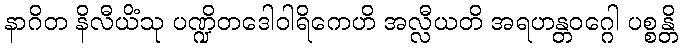
နာဂိတ နိလီယိံသု ပဏ္ဍိတဒေါဝါရိကေဟိ အလ္လီယတိ အရဟန္တဝဂ္ဂေါ ပစ္စန္တိ